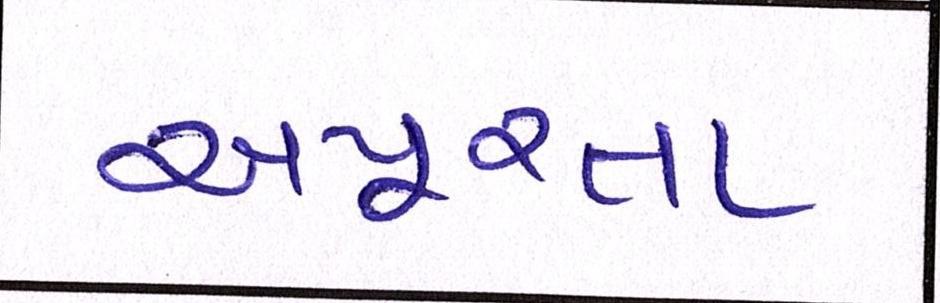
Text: અપૂરતા